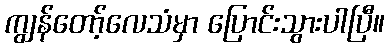
ကျွန်တော့်လေသံမှာ ပြောင်းသွားပါပြီ။